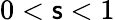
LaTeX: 0<\mathsf{s}<1